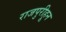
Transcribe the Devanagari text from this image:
राजपुरीहून